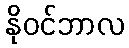
နိုဝင်ဘာလ